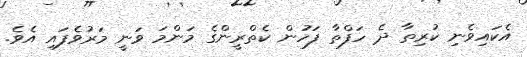
އެކައިވެނި ކުރިތާ ދެ ހަފްތާ ފަހުން ކެތްރީންގެ މަންމަ ވަނީ މަރުވެފައި އެވެ.